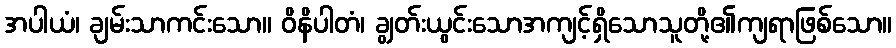
အပါယံ၊ ချမ်းသာကင်းသော။ ဝိနိပါတံ၊ ချွတ်းယွင်းသောအကျင့်ရှိသောသူတို့၏ကျရာဖြစ်သော။